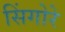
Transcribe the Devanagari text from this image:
सिंगोरे